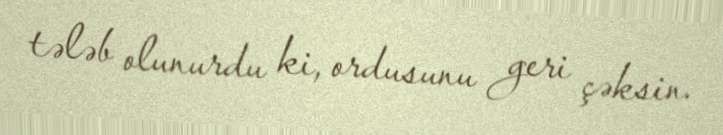
tələb olunurdu ki, ordusunu geri çəksin.